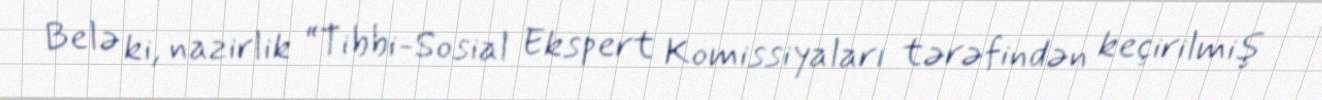
Belə ki, nazirlik “Tibbi-Sosial Ekspert Komissiyaları tərəfindən keçirilmiş